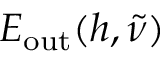
E _ { \mathrm { o u t } } ( h , \tilde { \nu } )